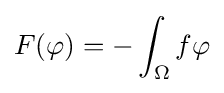
F(\varphi )=-\int _{\Omega }f\varphi